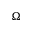
\Omega